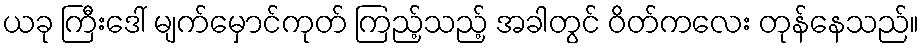
ယခု ကြီးဒေါ် မျက်မှောင်ကုတ် ကြည့်သည့် အခါတွင် ဝိတ်ကလေး တုန်နေသည်။